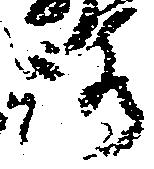
路